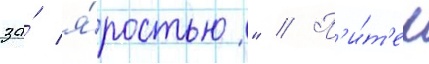
за́ я́ростью" // П'и́т'ер